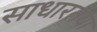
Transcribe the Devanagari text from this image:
साधारतया